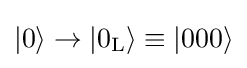
\vert 0\rangle \rightarrow \vert 0_{\rm {L}}\rangle \equiv \vert 000\rangle